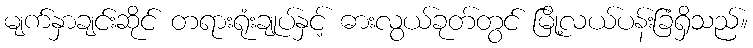
မျက်နှာချင်းဆိုင် တရားရုံးချုပ်နှင့် ဓားလွယ်ခုတ်တွင် မြို့လယ်ပန်းခြံရှိသည်။